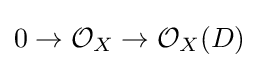
0\to {\mathcal {O}}_{X}\to {\mathcal {O}}_{X}(D)